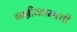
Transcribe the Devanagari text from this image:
नक्षीकामाची